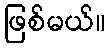
ဖြစ်မယ်။